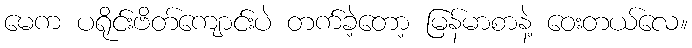
မေက ပရိုင်းဗိတ်ကျောင်းပဲ တက်ခဲ့တော့ မြန်မာစာနဲ့ ဝေးတယ်လေ။